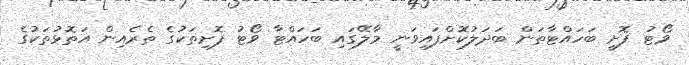
ވޯޓު ފޮށީ ބަހައްޓާތަން ބަދަލުކޮށްފައިވަނީ މާލޭގައި ބަހައްޓާ ވޯޓު ފޮށިތަކުގެ ތެރެއިން އަތޮޅުތަކުގެ